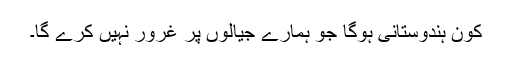
کون ہندوستانی ہوگا جو ہمارے جیالوں پر غرور نہیں کرے گا۔